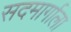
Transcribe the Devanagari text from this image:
सदमार्गाला